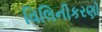
વિલિનીકરણો